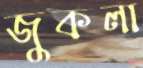
জুকলা